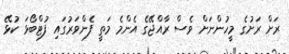
ރަށް ރަށުގެ މީހުންނަށް ވެސް ރާއްޖޭގެ އެންމެ މަތީ ފެންވަރުގައި ފުޓްބޯޅަ ކުޅޭ